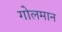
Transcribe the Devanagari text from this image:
गोलमान